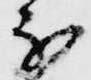
不